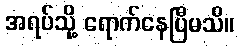
အရပ်သို့ ရောက်နေပြီမသိ။